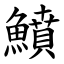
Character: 鱝